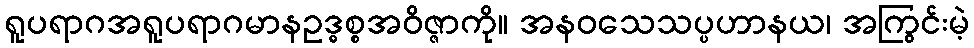
ရူပရာဂအရူပရာဂမာနဥဒ္ဓစ္စအဝိဇ္ဇာကို။ အနဝသေသပ္ပဟာနယ၊ အကြွင်းမဲ့